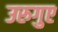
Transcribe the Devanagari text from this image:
उरुगुए